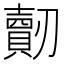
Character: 𠠠